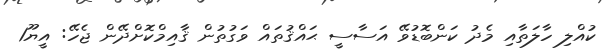
ކުއްލި ހާލަތާއި މެދު ކަންބޮޑުވޭ އަސާސީ ޙައްޤުތައް ވަގުތުން ޤާއިމްކޮށްދޭން ޖެހޭ: އީޔޫ1